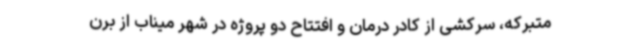
متبرکه، سرکشی از کادر درمان و افتتاح دو پروژه در شهر میناب از برن